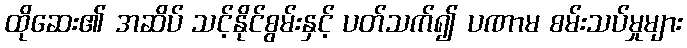
ထိုဆေး၏ အဆိပ် သင့်နိုင်စွမ်းနှင့် ပတ်သက်၍ ပဏာမ စမ်းသပ်မှုများ